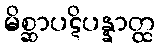
မိစ္ဆာပဋိပန္နာတ္ထ